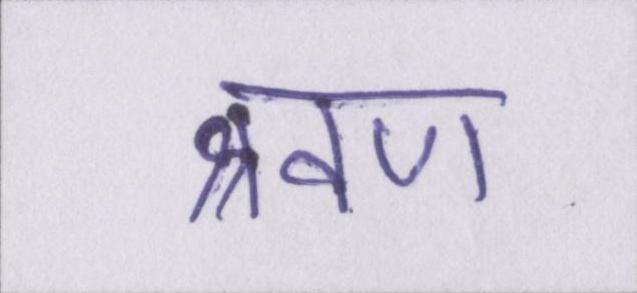
श्रवण